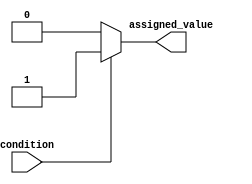
module continuous_assignment (
    input wire condition,
    output reg assigned_value
);

always @* begin
    if (condition) begin
        assigned_value <= 1'b1; // Assigning the value 1 to assigned_value
    end else begin
        assigned_value <= 1'b0; // Assigning the value 0 to assigned_value
    end
end

endmodule